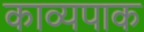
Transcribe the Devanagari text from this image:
काव्यपाक